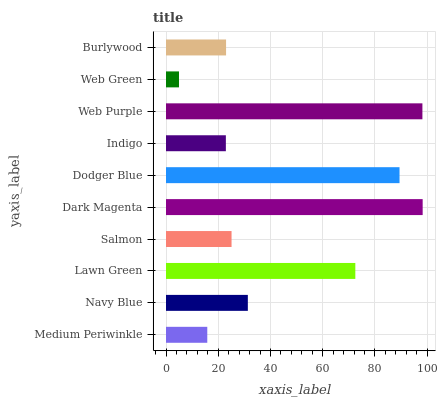
| yaxis_label | bars |
 | --- | --- |
 | Medium Periwinkle | 15.8 |
 | Navy Blue | 31.3 |
 | Lawn Green | 72.5 |
 | Salmon | 25.1 |
 | Dark Magenta | 98.3 |
 | Dodger Blue | 89.4 |
 | Indigo | 22.9 |
 | Web Purple | 98.2 |
 | Web Green | 4.98 |
 | Burlywood | 23 |